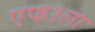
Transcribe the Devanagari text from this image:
एफ१ला